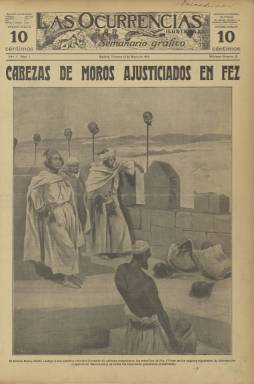
Título: Las Ocurrencias ilustradas
Otros títulos: Las Ocurrencias
Colección: Periódicos
Ámbito geográfico: Madrid
Lugar de publicación: Madrid
Fechas: 12/05/1911-12/05/1911

Periódico ilustrado especializado en sucesos  que aprovechó el creciente interés del público por este tipo de noticias que solían formar una sección en los diarios de interés general. Este primer número de 12 de mayo de 1991 llevaba el título de Las Ocurrencias ilustradas y el subtítulo de Semanario gráfico, pero a partir del segundo número el título quedó solo en Las Ocurrencias, con el subtítulo de Semanario ilustrado.

    El primer periódico en España de sucesos propiamente dicho se había publicado de 1882 a 1885 con el título de Los Sucesos y una cabecera muy del tipo americana, aunque dejó de editarse antes del conocido como crimen de la calle Fuencarral, en 1888, suceso madrileño que despertó el gusto por el sensacionalismo en el público, con numerosas páginas dedicadas a este tipo de información en toda la prensa.

   Con el curioso título de Las Ocurrencias, que no tiene para nosotros ahora el significado de sucesos que tenía hace 100 años, esta publicación competía con otras en los primeros años del siglo XX y se destacó por su extremado sensacionalismo, con portadas que eran recreaciones de crímenes, catástrofes y todo tipo de sucesos escabrosos y extraños.

   En el primer número podemos ver en portada cómo el sultán de Marruecos castigaba a los rebeldes, con sus cabezas cortadas clavadas en palos en las murallas de Fez. Los siguientes números se han publicado en esta Hemeroteca Digital bajo el título: Las Ocurrencias (Madrid. 1911)

[Descripción publicada el 15/03/2019]